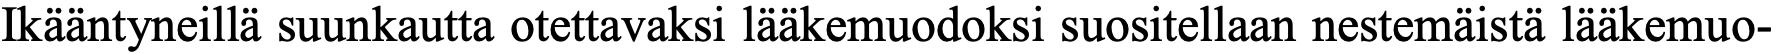
Ikääntyneillä suunkautta otettavaksi lääkemuodoksi suositellaan nestemäistä lääkemuo-